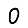
Digit: 0